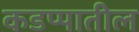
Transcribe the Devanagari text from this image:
कडप्पातील